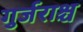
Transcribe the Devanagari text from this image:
गुर्जराश्च